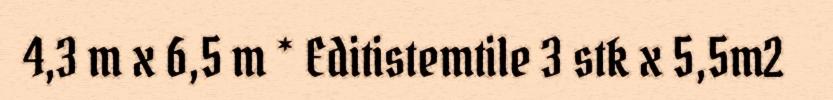
4,3 m x 6,5 m * Editistemtile 3 stk x 5,5m2